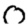
Digit: 0